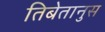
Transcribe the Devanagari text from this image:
तिबेतानुस